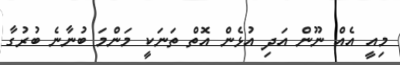
މިއީ އެއް ނޫން އަދި އުޅެން އޮތް ތަނަކީ މަަންމަ ބުނާނެ ބުރުގާ